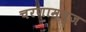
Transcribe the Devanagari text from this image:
चरणाम्बुज